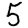
Digit: 5